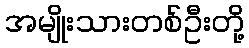
အမျိုးသားတစ်ဦးတို့